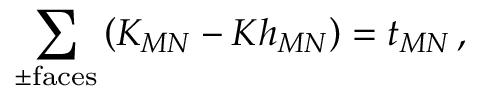
\sum _ { \pm \mathrm { f a c e s } } \left( K _ { M N } - K h _ { M N } \right) = t _ { M N } \, ,